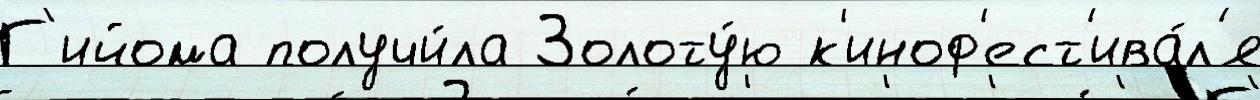
Г'ийома получи́ла Золоту́ю к'иноф'ест'ива́л'я